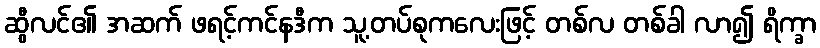
ဆွီလင်၏ အဆက် ဖရင့်ကင်နဒီက သူ့တပ်စုကလေးဖြင့် တစ်လ တစ်ခါ လာ၍ ရိက္ခာ